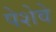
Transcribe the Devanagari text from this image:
पेशेवे